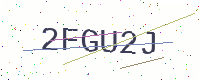
Text: 2FGU2J